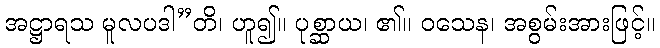
အဋ္ဌာရသ မူလပဒါ”တိ၊ ဟူ၍။ ပုစ္ဆာယ၊ ၏။ ဝသေန၊ အစွမ်းအားဖြင့်။